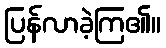
ပြန်လာခဲ့ကြ၏။